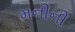
મનીની